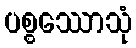
ပစ္စဿောသုံ